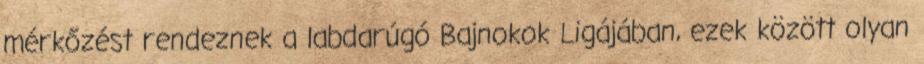
mérkőzést rendeznek a labdarúgó Bajnokok Ligájában, ezek között olyan